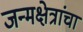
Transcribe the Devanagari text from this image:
जन्मक्षेत्रांचा